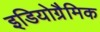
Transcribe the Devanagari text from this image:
इडियोग्रैमिक